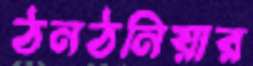
ঠনঠনিয়ার